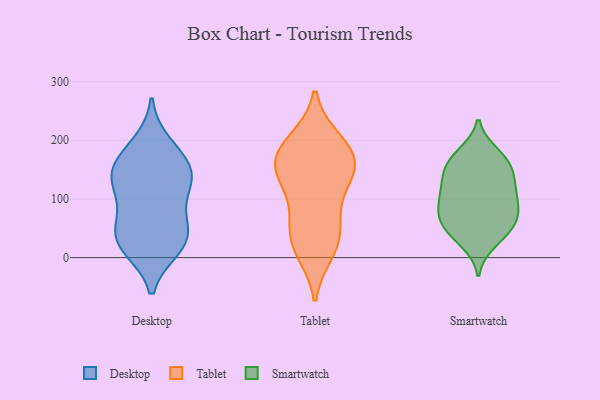
{"axis": {"x": "Headcount", "y": "Value"}, "legend": ["Desktop", "Smartwatch", "Tablet"], "data": [{"x": "", "y": 74, "type": "Desktop"}, {"x": "", "y": 127, "type": "Desktop"}, {"x": "", "y": 150, "type": "Desktop"}, {"x": "", "y": 37, "type": "Desktop"}, {"x": "", "y": 19, "type": "Desktop"}, {"x": "", "y": 121, "type": "Desktop"}, {"x": "", "y": 128, "type": "Desktop"}, {"x": "", "y": 53, "type": "Desktop"}, {"x": "", "y": 193, "type": "Desktop"}, {"x": "", "y": 17, "type": "Desktop"}, {"x": "", "y": 153, "type": "Desktop"}, {"x": "", "y": 170, "type": "Desktop"}, {"x": "", "y": 32, "type": "Desktop"}, {"x": "", "y": 77, "type": "Tablet"}, {"x": "", "y": 194, "type": "Tablet"}, {"x": "", "y": 28, "type": "Tablet"}, {"x": "", "y": 12, "type": "Tablet"}, {"x": "", "y": 154, "type": "Tablet"}, {"x": "", "y": 138, "type": "Tablet"}, {"x": "", "y": 170, "type": "Tablet"}, {"x": "", "y": 176, "type": "Tablet"}, {"x": "", "y": 150, "type": "Tablet"}, {"x": "", "y": 25, "type": "Tablet"}, {"x": "", "y": 133, "type": "Tablet"}, {"x": "", "y": 198, "type": "Tablet"}, {"x": "", "y": 63, "type": "Tablet"}, {"x": "", "y": 50, "type": "Smartwatch"}, {"x": "", "y": 60, "type": "Smartwatch"}, {"x": "", "y": 94, "type": "Smartwatch"}, {"x": "", "y": 114, "type": "Smartwatch"}, {"x": "", "y": 131, "type": "Smartwatch"}, {"x": "", "y": 161, "type": "Smartwatch"}, {"x": "", "y": 33, "type": "Smartwatch"}, {"x": "", "y": 51, "type": "Smartwatch"}, {"x": "", "y": 176, "type": "Smartwatch"}, {"x": "", "y": 154, "type": "Smartwatch"}, {"x": "", "y": 64, "type": "Smartwatch"}, {"x": "", "y": 129, "type": "Smartwatch"}, {"x": "", "y": 80, "type": "Smartwatch"}, {"x": "", "y": 25, "type": "Smartwatch"}, {"x": "", "y": 98, "type": "Smartwatch"}, {"x": "", "y": 74, "type": "Smartwatch"}, {"x": "", "y": 132, "type": "Smartwatch"}, {"x": "", "y": 178, "type": "Smartwatch"}, {"x": "", "y": 96, "type": "Smartwatch"}, {"x": "", "y": 160, "type": "Smartwatch"}]}